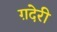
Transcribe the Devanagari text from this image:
ग़देरी